Source: Handwritten
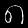
Digit: ၈ (8)